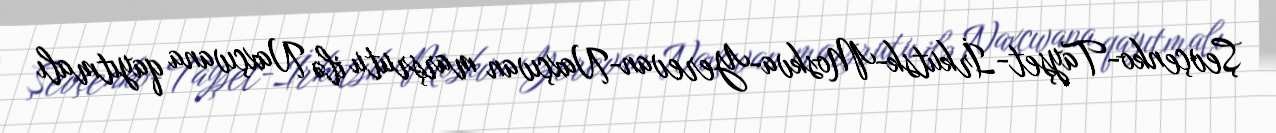
Şevçenko-Tayşet-İrkutsk-Moskva-Yerevan-Naxçıvan marşrutu ilə Naxçıvana qayıtmalı